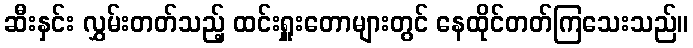
ဆီးနှင်း လွှမ်းတတ်သည့် ထင်းရှူးတောများတွင် နေထိုင်တတ်ကြသေးသည်။